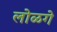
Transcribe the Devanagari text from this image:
लोळगे